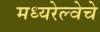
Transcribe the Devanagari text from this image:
मध्यरेल्वेचे